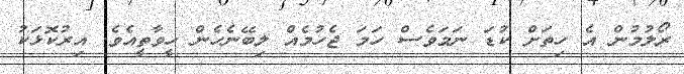
ރޯލުމުން އެ ހިތަށް ކުޑަ ނަމަވެސް ހަމަ ޖެހުމެއް ލިބޭނެހެން ހީވާތީއެވެ. އިރުކޮޅަކު